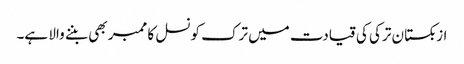
ازبکستان ترکی کی قیادت میں ترک کونسل کا ممبر بھی بننے والا ہے۔